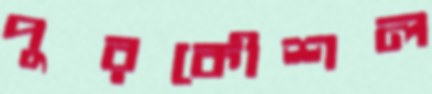
পুরকৌশল